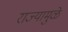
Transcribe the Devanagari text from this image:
राज्यामुळे